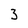
Character: 3